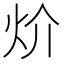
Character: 炌